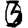
Digit: 3